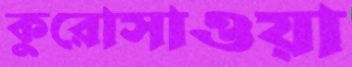
কুরোসাওয়া